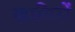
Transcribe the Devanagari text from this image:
खामिरों